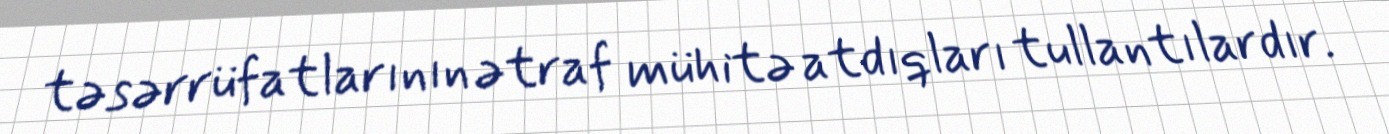
təsərrüfatlarının ətraf mühitə atdıqları tullantılardır.